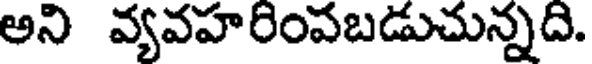
అని వ్యవహరింపబడుచున్నది.